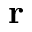
\mathbf { r }